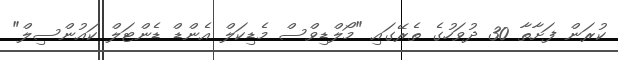
ކުރަން ފަށާތާ 30 ދުވަހުގެ ތެރޭގައި "މޯލްޑިވްސް މެޑިކަލް އެންޑް ޑެންޓަލް ކައުންސިލް"